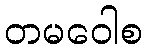
တမဝေါစ